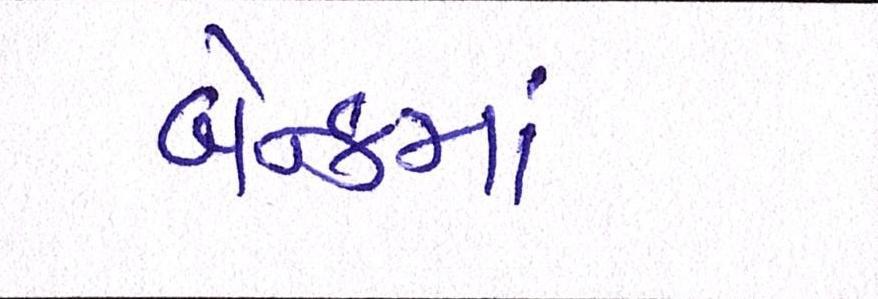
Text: બૅન્કમાં